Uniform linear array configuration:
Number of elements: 4
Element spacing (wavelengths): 1
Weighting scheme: uniform
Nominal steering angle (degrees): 60
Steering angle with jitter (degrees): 59.897
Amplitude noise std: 0.05
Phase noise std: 0.05

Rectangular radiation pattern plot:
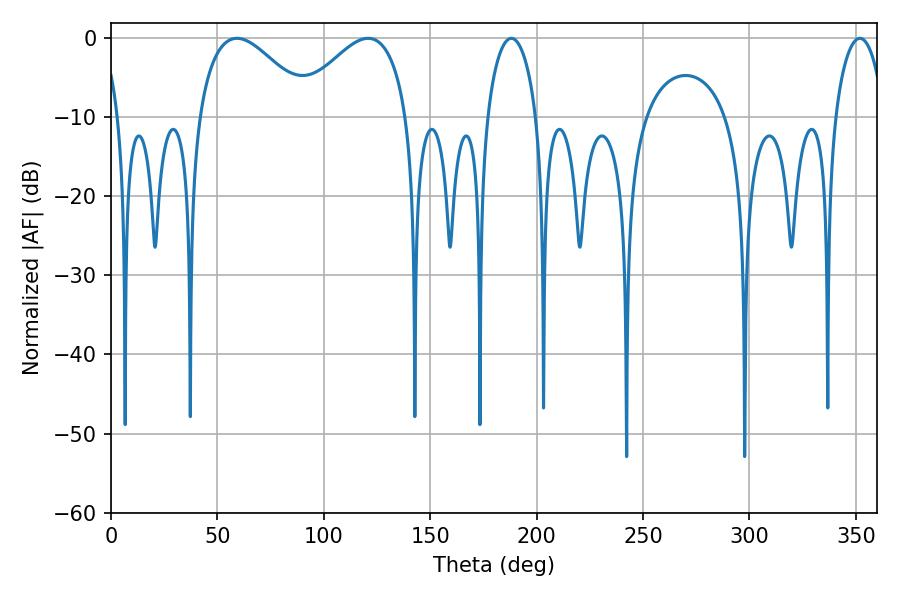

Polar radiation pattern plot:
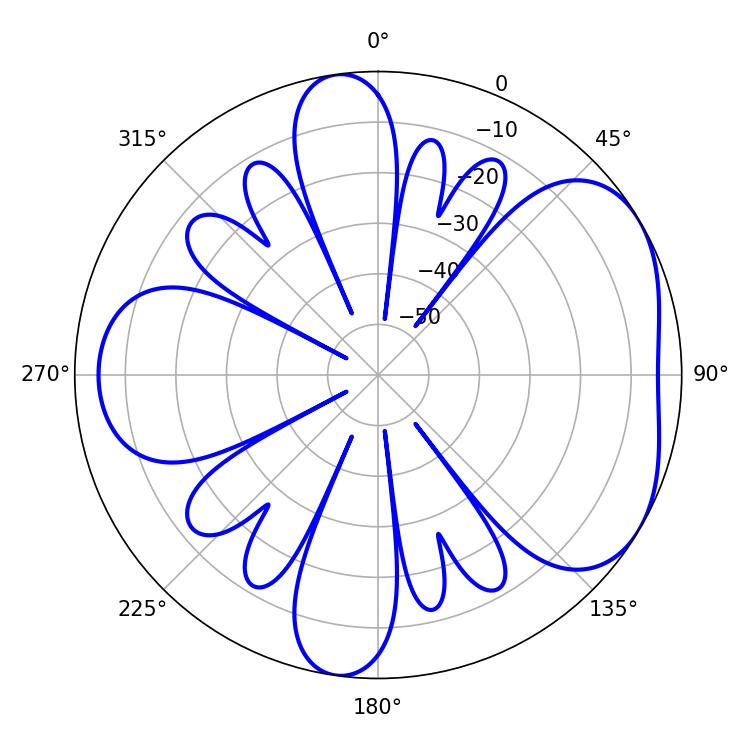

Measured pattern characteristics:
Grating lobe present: TRUE
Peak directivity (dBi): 4.705
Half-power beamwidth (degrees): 13.14
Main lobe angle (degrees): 188.1